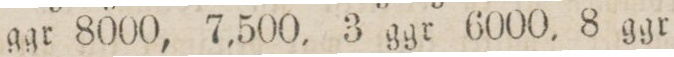
ggr 8000, 7,500, 3 ggr 6000, 8 ggr